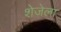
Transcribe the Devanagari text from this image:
शेजेला